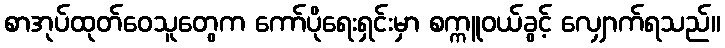
စာအုပ်ထုတ်ဝေသူတွေက ကော်ပိုရေးရှင်းမှာ စက္ကူဝယ်ခွင့် လျှောက်ရသည်။